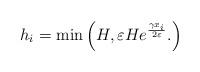
LaTeX: \begin{align*} h_i=\min\left(H, \varepsilon H e^{\frac{\gamma x_i}{2\varepsilon}}. \right) \end{align*}